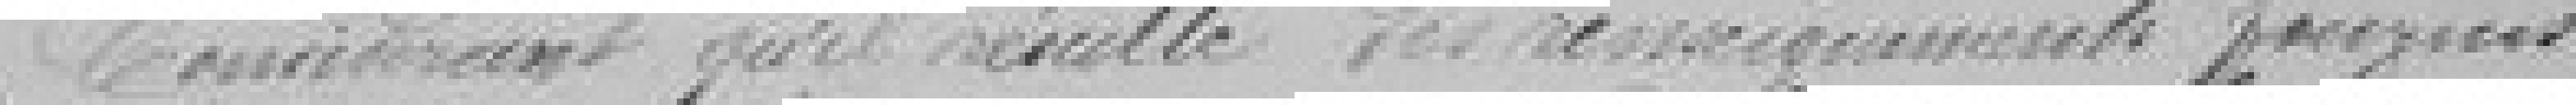
Considérant qu'il résulte des renseignements fournis